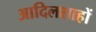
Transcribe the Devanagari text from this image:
आदिलशाहों